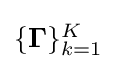
{\textstyle \{\mathbf {\Gamma } \}_{k=1}^{K}}